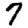
Digit: 7